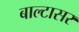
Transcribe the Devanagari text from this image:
बाल्टासर